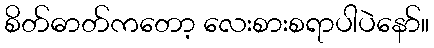
စိတ်ဓာတ်ကတော့ လေးစားစရာပါပဲနော်။